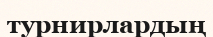
турнирлардың